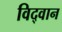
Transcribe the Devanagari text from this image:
विद्‌वान